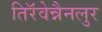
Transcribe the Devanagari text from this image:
तिरॅवेन्नैनलुर